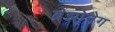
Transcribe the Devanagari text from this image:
ब्रेझोनेग